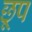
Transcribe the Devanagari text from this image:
छूप